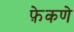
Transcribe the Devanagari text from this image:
फ़ेकणे